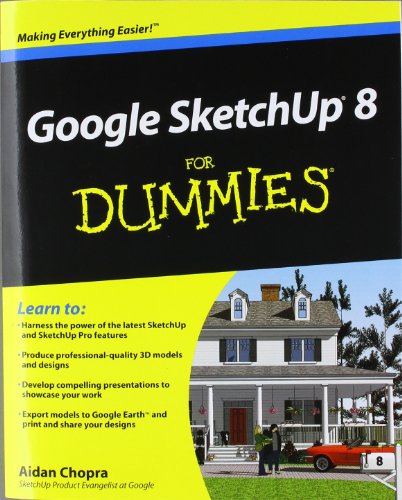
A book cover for Google SketchUp 8 For Dummies; Aidan Chopra; Computers & Technology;